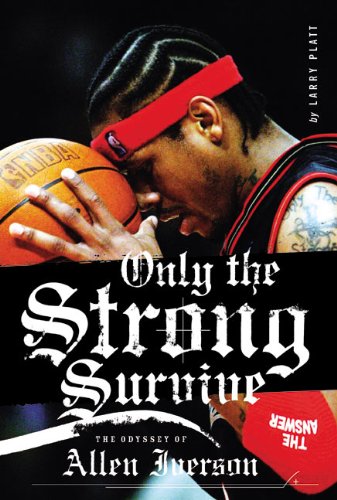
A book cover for Only the Strong Survive: The Odyssey of Allen Iverson; Larry Platt; Biographies & Memoirs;